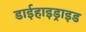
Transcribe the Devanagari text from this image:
डाईहाइड्राइड